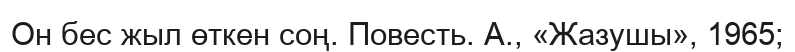
Он бес жыл өткен соң. Повесть. А., «Жазушы», 1965;